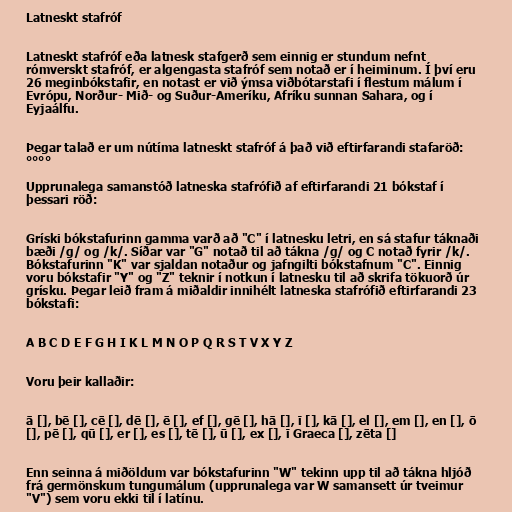
Latneskt stafróf

Latneskt stafróf eða latnesk stafgerð sem einnig er stundum nefnt
rómverskt stafróf, er algengasta stafróf sem notað er í heiminum. Í því eru
26 meginbókstafir, en notast er við ýmsa viðbótarstafi í flestum málum í
Evrópu, Norður- Mið- og Suður-Ameríku, Afríku sunnan Sahara, og í
Eyjaálfu.

Þegar talað er um nútíma latneskt stafróf á það við eftirfarandi stafaröð:
°°°°

Upprunalega samanstóð latneska stafrófið af eftirfarandi 21 bókstaf í
þessari röð:

Gríski bókstafurinn gamma varð að "C" í latnesku letri, en sá stafur táknaði
bæði /g/ og /k/. Síðar var "G" notað til að tákna /g/ og C notað fyrir /k/.
Bókstafurinn "K" var sjaldan notaður og jafngilti bókstafnum "C". Einnig
voru bókstafir "Y" og "Z" teknir í notkun í latnesku til að skrifa tökuorð úr
grísku. Þegar leið fram á miðaldir innihélt latneska stafrófið eftirfarandi 23
bókstafi:

A B C D E F G H I K L M N O P Q R S T V X Y Z

Voru þeir kallaðir:

ā [], bē [], cē [], dē [], ē [], ef [], gē [], hā [], ī [], kā [], el [], em [], en [], ō
[], pē [], qū [], er [], es [], tē [], ū [], ex [], ī Graeca [], zēta []

Enn seinna á miðöldum var bókstafurinn "W" tekinn upp til að tákna hljóð
frá germönskum tungumálum (upprunalega var W samansett úr tveimur
"V") sem voru ekki til í latínu.